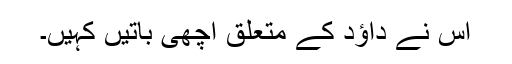
اس نے داؤد کے متعلق اچھی باتیں کہیں۔